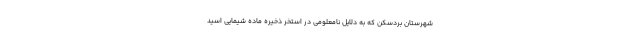
شهرستان بردسکن که به دلایل نامعلومی در استخر ذخیره ماده شیمایی اسید